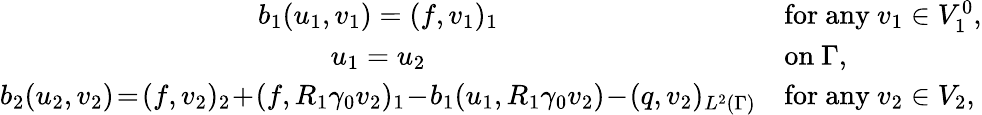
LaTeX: \begin{array}{cl}{b_{1}(u_{1},v_{1})=(f,v_{1})_{1}}&{\mathrm{for~any}\ v_{1}\in V_{1}^{0},}\\ {u_{1}=u_{2}}&{\mathrm{on}\ \Gamma,}\\ {b_{2}(u_{2},v_{2})\! =\! (f,v_{2})_{2}\! +\! (f,R_{1}\gamma_{0}v_{2})_{1}\! -\! b_{1}(u_{1},R_{1}\gamma_{0}v_{2})\! -\! (q,v_{2})_{L^{2}(\Gamma)}}&{\mathrm{for~any}\ v_{2}\in V_{2},}\end{array}